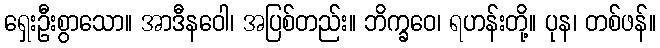
ရှေးဦးစွာသော။ အာဒီနဝေါ၊ အပြစ်တည်း။ ဘိက္ခဝေ၊ ရဟန်းတို့။ ပုန၊ တစ်ဖန်။